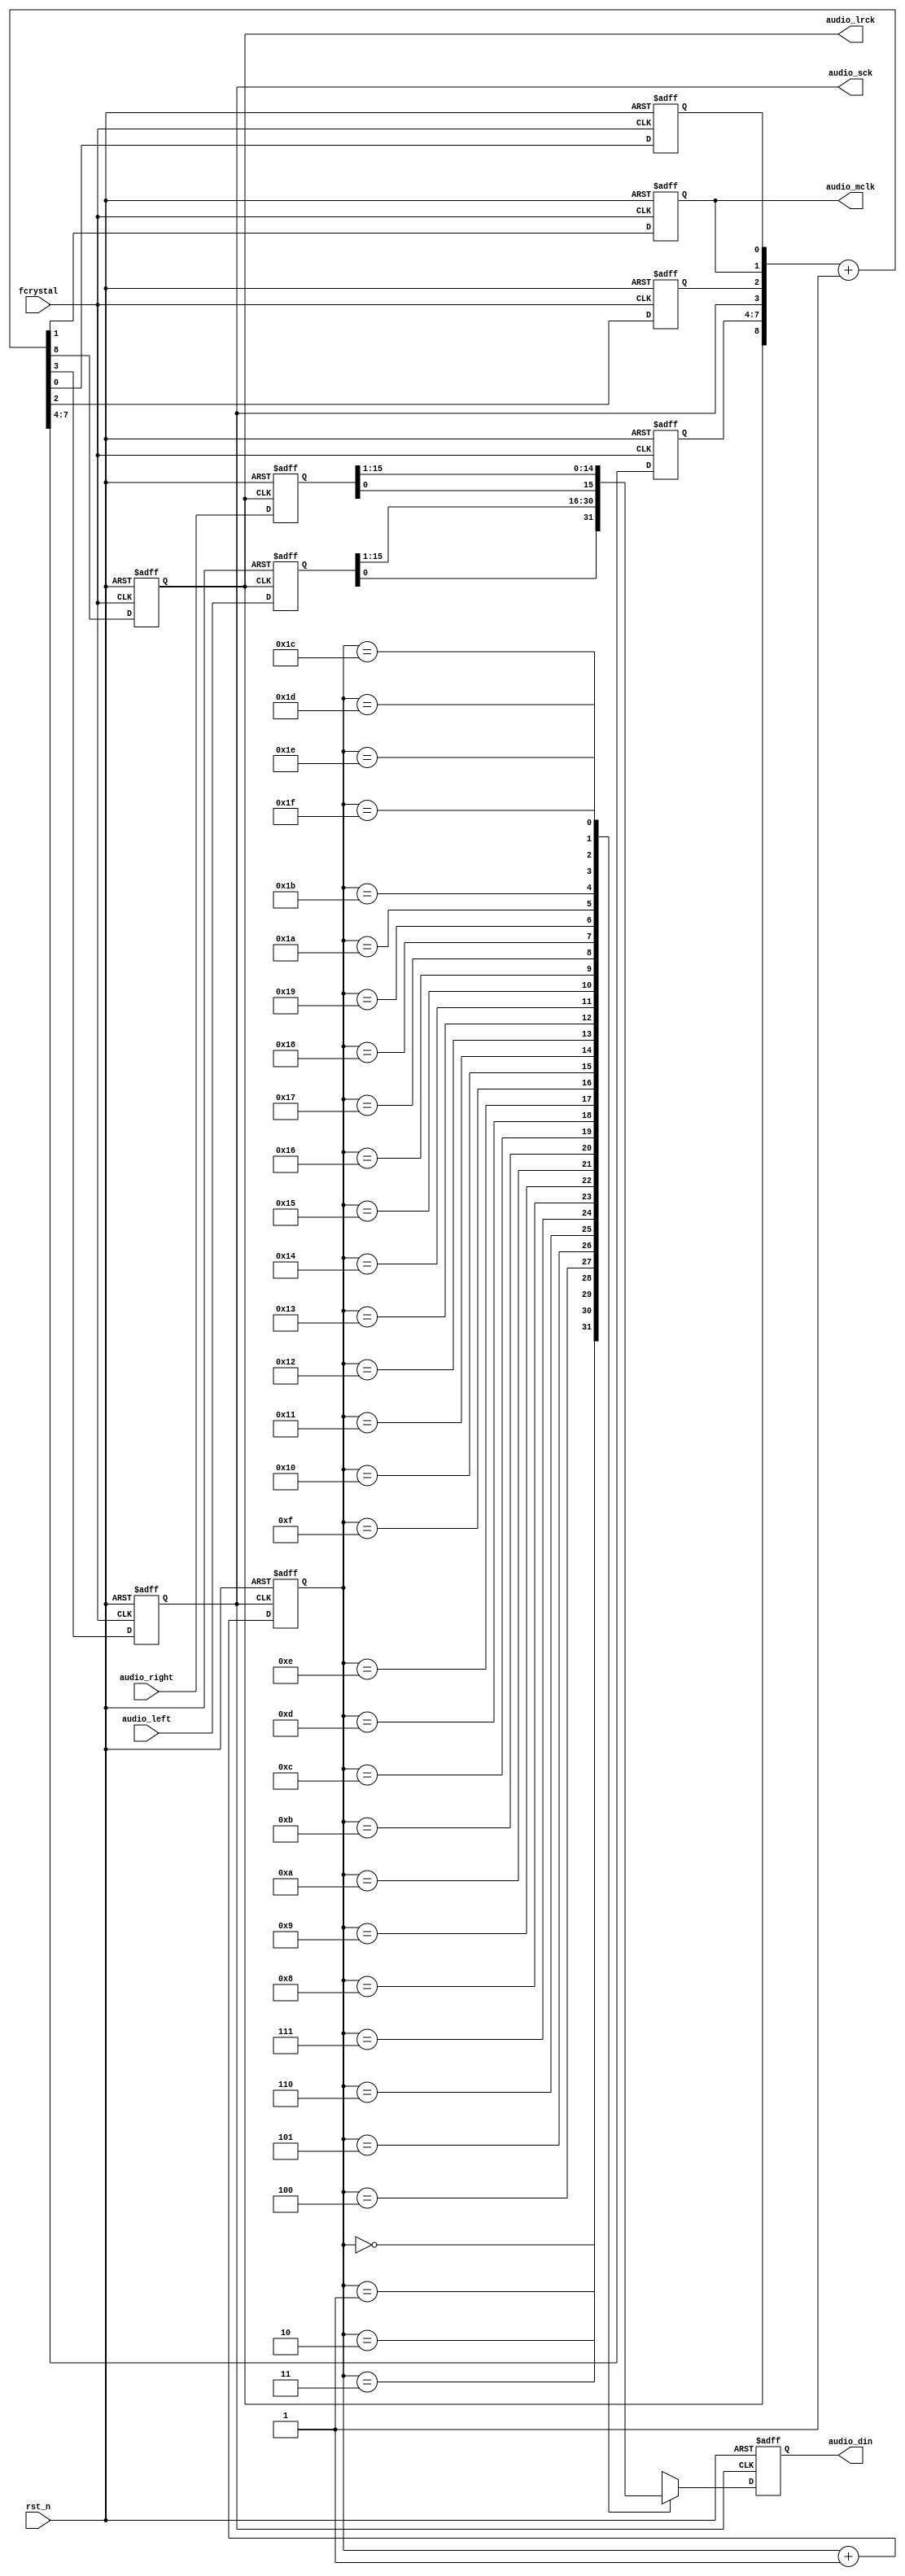
`timescale 1ns / 1ps
//////////////////////////////////////////////////////////////////////////////////
// Company: 
// Engineer: 
// 
// Design Name: 
// Module Name: speaker_ctl
// Project Name: 
// Target Devices: 
// Tool Versions: 
// Description: 
// 
// Dependencies: 
// 
// Revision:
// Revision 0.01 - File Created
// Additional Comments:
// 
//////////////////////////////////////////////////////////////////////////////////


module speaker_ctl(
    input fcrystal,
    input rst_n,
    input [15:0] audio_left,
    input [15:0] audio_right,
    output reg audio_mclk,
    output reg audio_lrck,
    output reg audio_sck,
    output reg audio_din
    );
    reg clk_1, clk_2;
    reg [3:0] clk_3;
    reg [8:0] clk_tem;
    reg [4:0] cnt_tem, cnt;
    reg serial_tem;
    reg [15:0] left_tem, right_tem;
    integer i;
    
    always @*
        clk_tem = {audio_lrck, clk_3, audio_sck, clk_2, audio_mclk, clk_1} + 1'b1;
    always @(posedge fcrystal or negedge rst_n)
        if (~rst_n)
            {audio_lrck, clk_3, audio_sck, clk_2, audio_mclk, clk_1} <= 9'd0;
        else 
            {audio_lrck, clk_3, audio_sck, clk_2, audio_mclk, clk_1} <= clk_tem;   
    
    
    always @* begin
        cnt_tem = cnt + 1'b1;
        case (cnt)
            5'b00000:
                serial_tem = left_tem[0];
            5'b00001:
                serial_tem = left_tem[15];
            5'b00010:
                serial_tem = left_tem[14];
            5'b00011:
                serial_tem = left_tem[13];
            5'b00100:
                serial_tem = left_tem[12];
            5'b00101:
                serial_tem = left_tem[11];
            5'b00110:
                serial_tem = left_tem[10];
            5'b00111:
                serial_tem = left_tem[9];
            5'b01000:
                serial_tem = left_tem[8];
            5'b01001:
                serial_tem = left_tem[7];
            5'b01010:
                serial_tem = left_tem[6];
            5'b01011:
                serial_tem = left_tem[5];
            5'b01100:
                serial_tem = left_tem[4];
            5'b01101:
                serial_tem = left_tem[3];
            5'b01110:
                serial_tem = left_tem[2];
            5'b01111:
                serial_tem = left_tem[1];
            5'b10000:
                serial_tem = right_tem[0];
            5'b10001:
                serial_tem = right_tem[15];
            5'b10010:
                serial_tem = right_tem[14];
            5'b10011:
                serial_tem = right_tem[13];
            5'b10100:
                serial_tem = right_tem[12];
            5'b10101:
                serial_tem = right_tem[11];
            5'b10110:
                serial_tem = right_tem[10];
            5'b10111:
                serial_tem = right_tem[9];
            5'b11000:
                serial_tem = right_tem[8];
            5'b11001:
                serial_tem = right_tem[7];
            5'b11010:
                serial_tem = right_tem[6];
            5'b11011:
                serial_tem = right_tem[5];
            5'b11100:
                serial_tem = right_tem[4];
            5'b11101:
                serial_tem = right_tem[3];
            5'b11110:
                serial_tem = right_tem[2];
            5'b11111:
                serial_tem = right_tem[1];
            default:
                serial_tem = 1'b0;
        endcase
    end


    always @(posedge audio_lrck or negedge rst_n) begin
        if (~rst_n) begin
            for (i = 0; i < 16; i = i + 1) begin
            left_tem[i] <= 1'b0;
            right_tem[i] <= 1'b0;
            end
        end
        else begin
            for (i = 0; i < 16; i = i + 1)
            begin
                left_tem[i] <= audio_left[i];
                right_tem[i] <= audio_right[i];
            end
        end
    end
    
    always @(negedge audio_sck or negedge rst_n) begin
        if (~rst_n) begin
            cnt <= 5'd0;
            audio_din <= 1'd0;
        end
        else begin
            cnt <= cnt_tem;
            audio_din <= serial_tem;
        end
    end   
    
endmodule